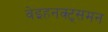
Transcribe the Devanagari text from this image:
वेइहनक्ट्समन